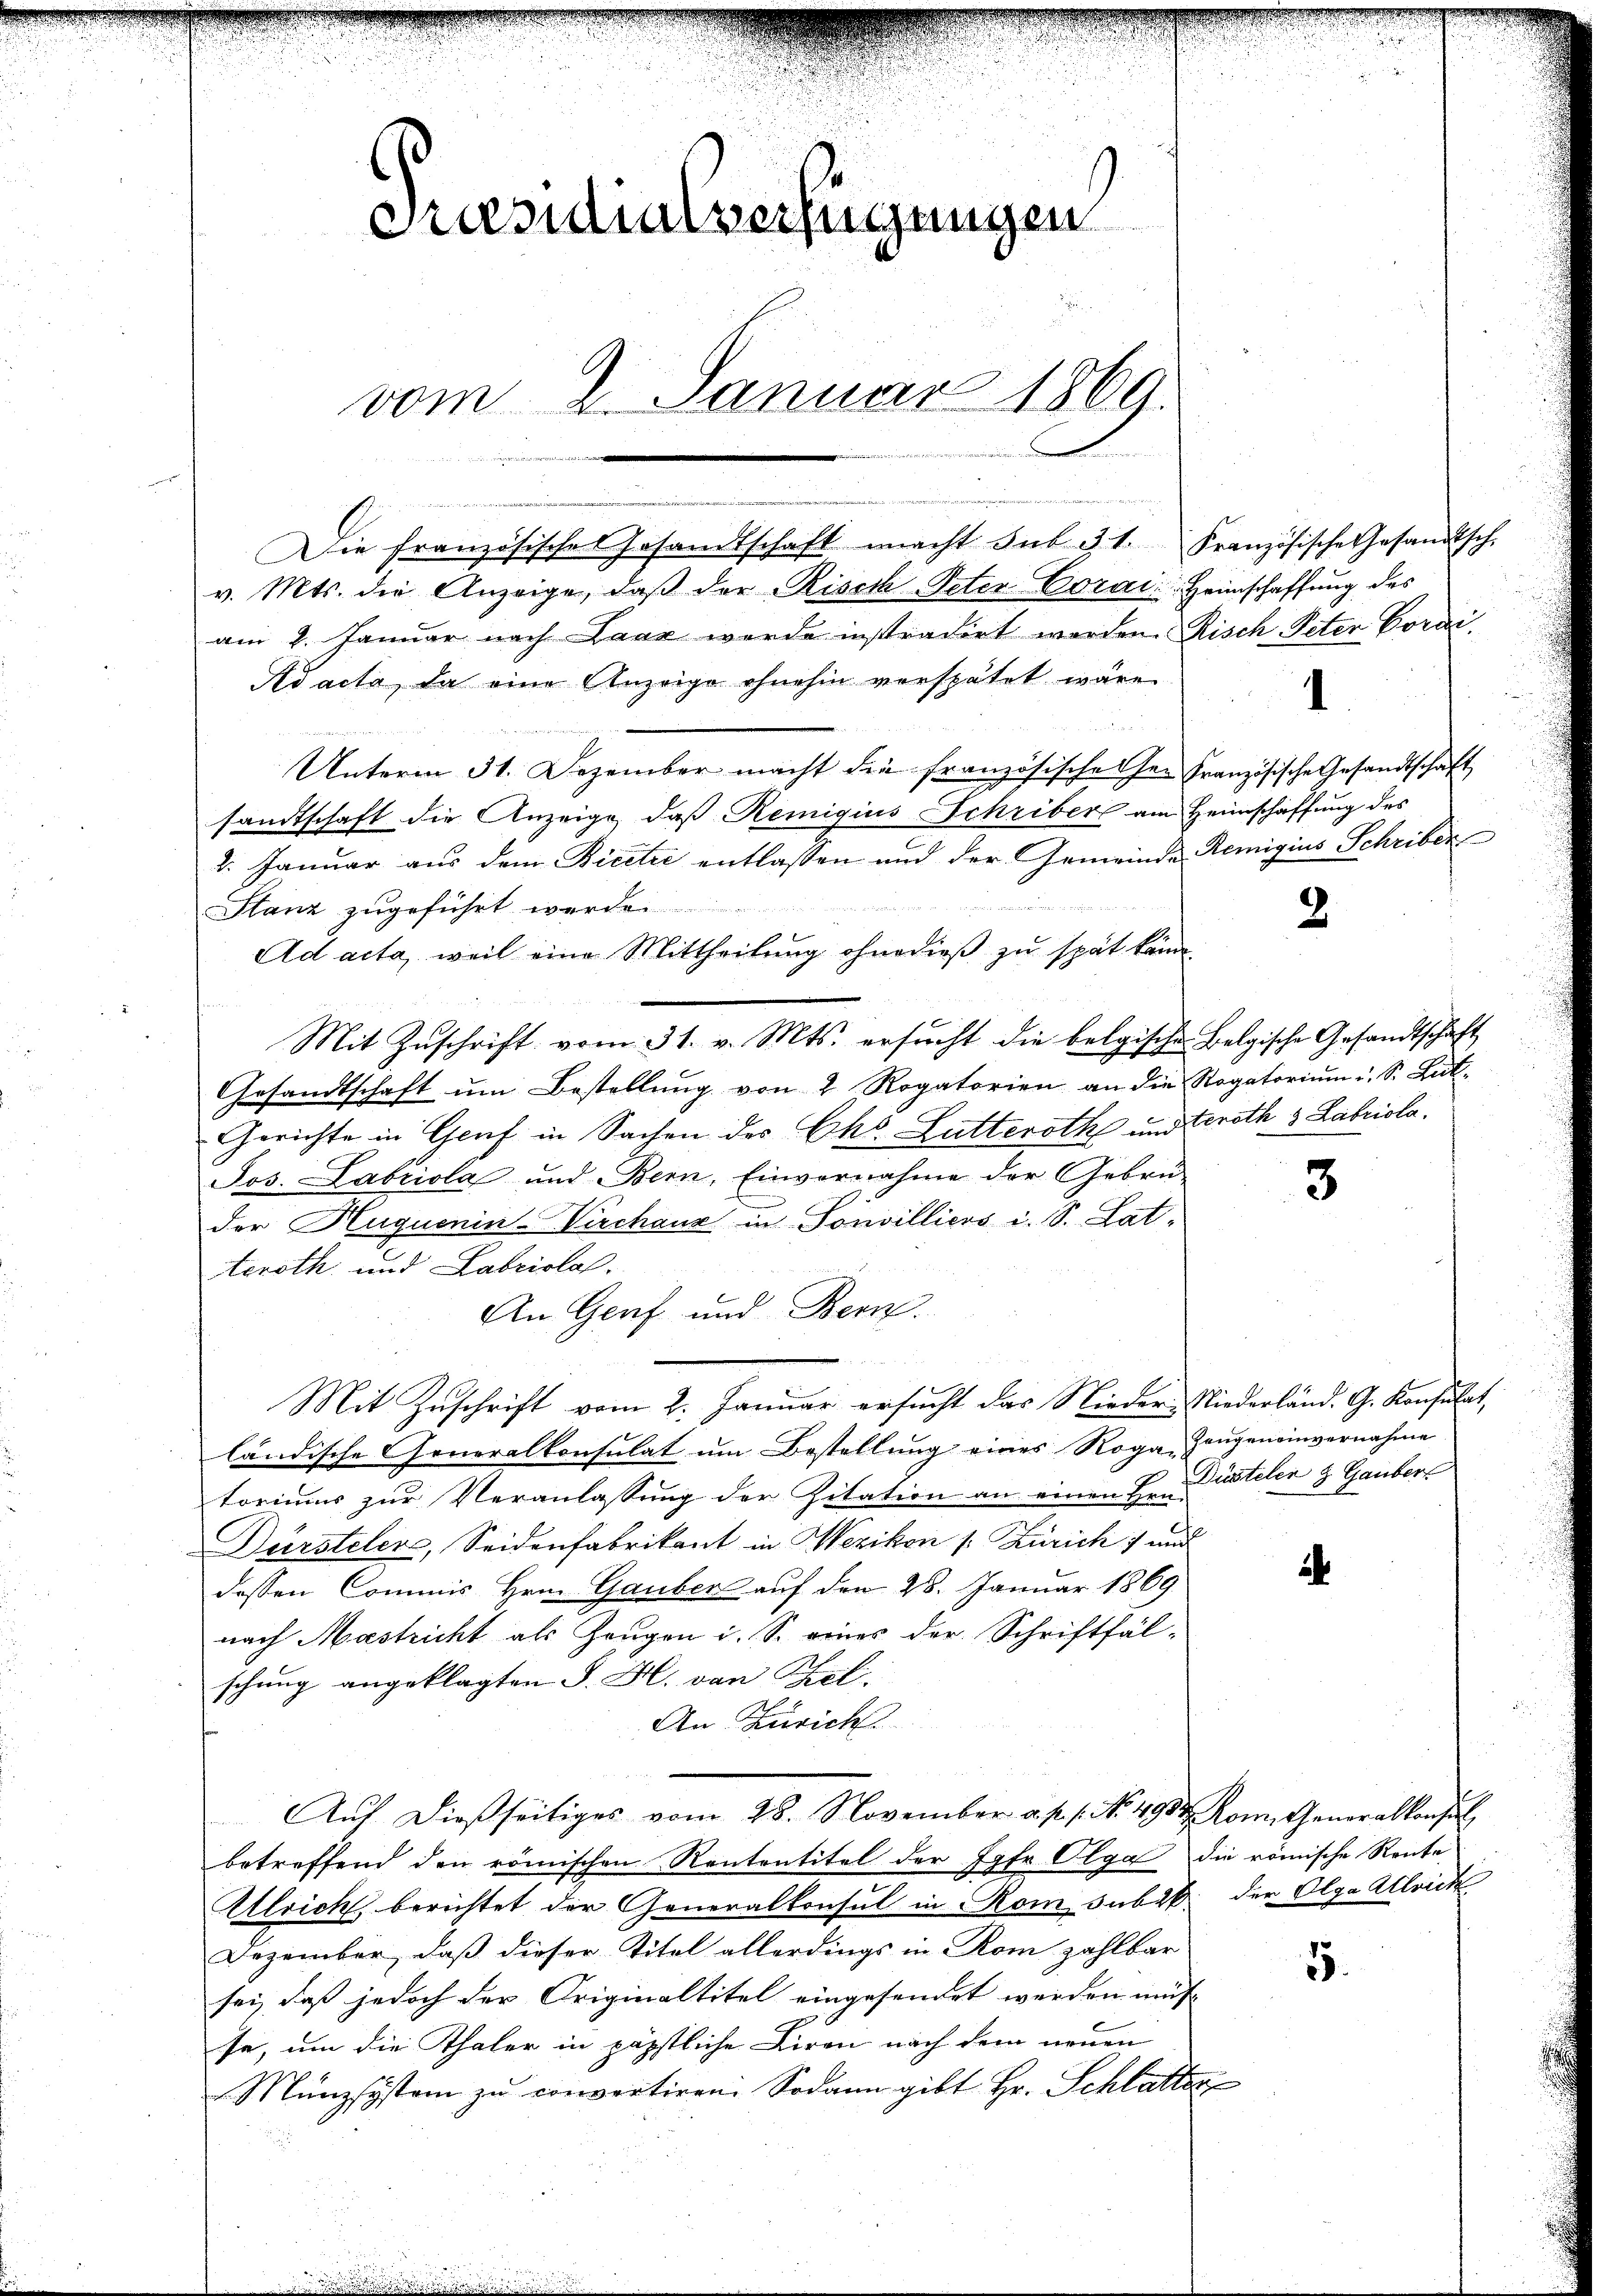
Präsidialverfügungen
vom 2. Januar 1869.
ürdi
 u. 5 u. 24

v. Mts. die Anzeige, daβ der Risch-Peter Corai: Heimschaffŭng des
am 2. Januar nach Laar wurde instradirt werden. Risch Peter Vorvi¬
Ad acta, da eine Anzeige ohnehin verspätet wäre

Unterm 31. Dezember macht die französische her Französische Gesandtschaft
sandtschaft die Anzeige, daß Remigius Schriber am Heimschaffung des
2. Januar aus dem Bicet entlassen und der Gemeinde Remigius Schriben
 16ten
Stanz zugeführt werden
Ad acta, weil eine Mittheilung ohne dieß zu spät könn¬
Mit Zuschrift vom 31. v. Mts. ersucht die belgische Belgische Gesandtschaft
Gesandtschaft ŭm Bestellŭng von 2 Rogatorien an die Rogatoriŭm i. S. But¬
Gerichte in Graf in Sachen des Chr. Lutteroth und Groth & Labriola.
Jos. Labriola und Bern, Einvernahme der Geben-
der Huguenin-Virchanz in Sonvilliers i. S. Lat.
teroth und Labriolal.
An Genf und Bern.
Mit Zuschrift vom 2. Januar ersucht das Nieder-Niederländ. G. Konsulat,
ländische Generalkonsulat um Bestellung eines Roga-Zeugeneinvernahme
toriums zur Veranlassung der Zitation an einen Hr. Pusteler & Gauber
Dürsteler, Seidenfabrikant in Wezikon s. Zürich und
a
dessen Commis Hrn. Gauber auf den 28. Januar 1869
nach Mastricht als Zeugen i. S. eines der Schriftfäl-
schung angeklagten S. H. von Bel¬
An Zürich.
Aŭf dießseitiges vom 28. November a. p. 1. No. 493. Rom. Generalkonsul
betreffend den römischen Rententitel der Jgfr Olga die römische Rente
Ulrich berichtet der Generalkonsul in Rom subik. der Olga Allrich
Dezember, daß dieser Titel allerdings in Rom zahlbar
25.
sei, daß jedoch der Originaltitel eingesendet werden müs- |
se, um die Thaler in päpstliche Liren nach dem neuen
Münzsystem zu convertiren. Sodann gibt Hr. Schlatter

Die französisches Gesandtschaft macht sub 31. Französische Gesandtsch-

2

3